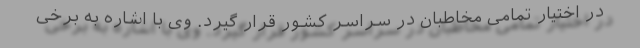
در اختیار تمامی مخاطبان در سراسر کشور قرار گیرد. وی با اشاره به برخی